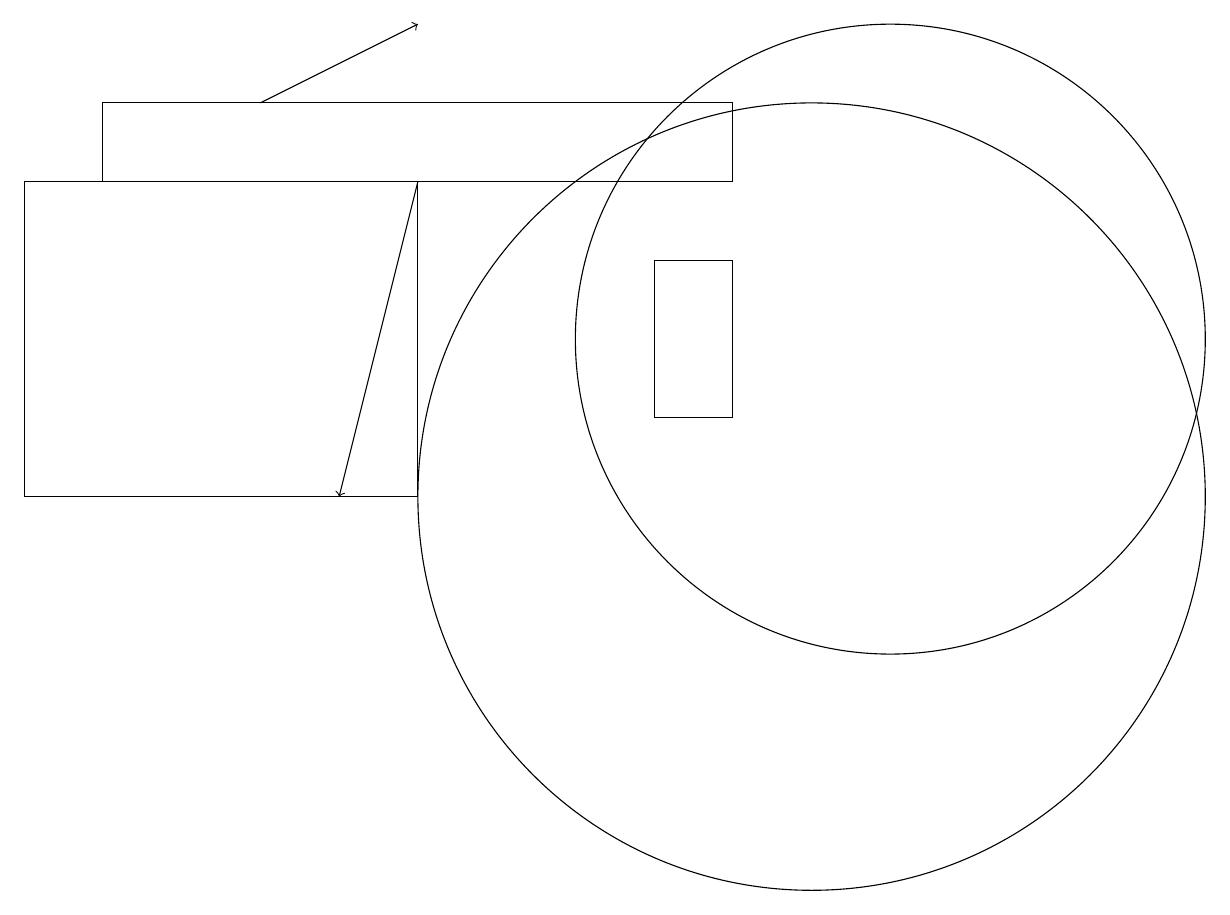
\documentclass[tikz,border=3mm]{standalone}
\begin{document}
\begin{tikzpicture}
\draw (1,15) rectangle (9,14);
\draw (8,11) rectangle (9,13);
\draw (10,10) circle (5);
\draw[->] (3,15) -- (5,16);
\draw[->] (5,14) -- (4,10);
\draw (5,10) rectangle (0,14);
\draw (11,12) circle (4);
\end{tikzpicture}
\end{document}